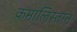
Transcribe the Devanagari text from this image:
कमालिस्तान